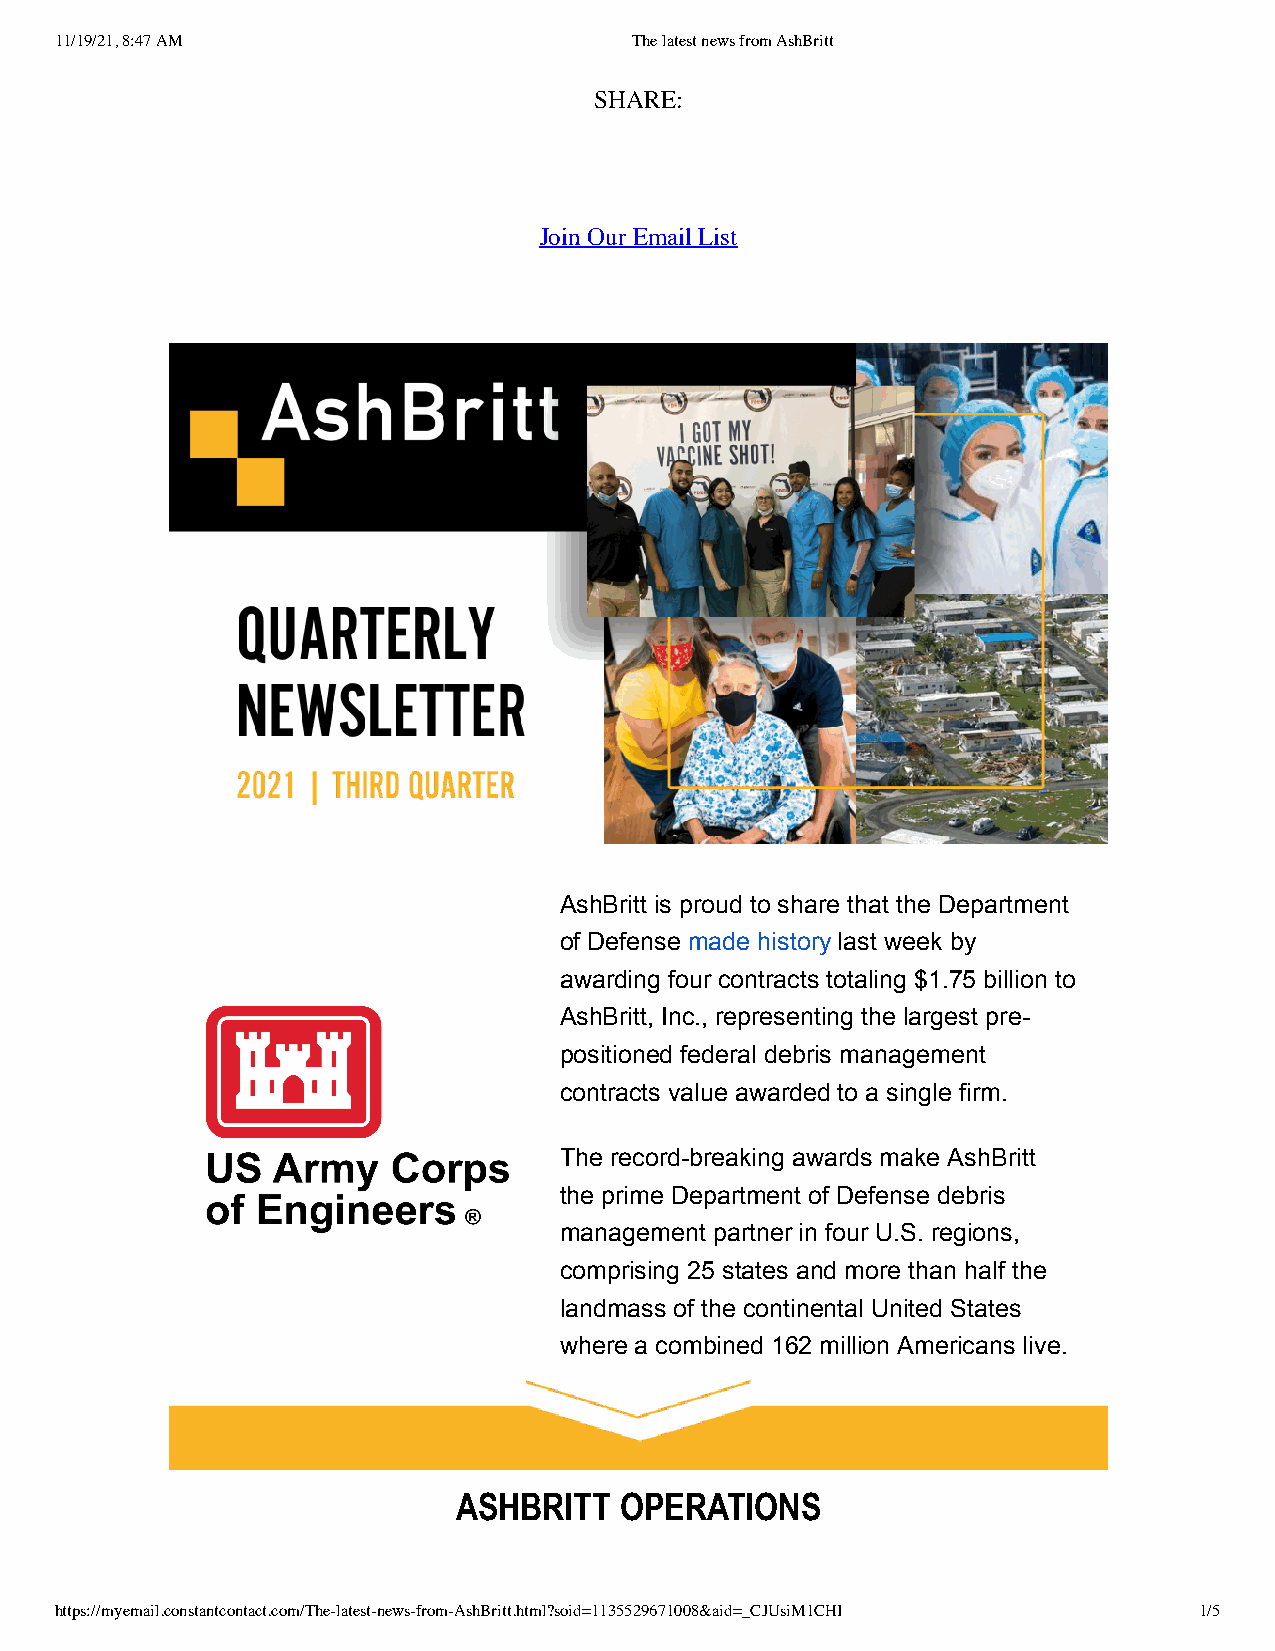
11/19/21, 8:47 AM                     The latest news from AshBritt
 SHARE:
 Join Our Email List
 AshBritt is proud to share that the Department
 of Defense made history last week by
 awarding four contracts totaling $1.75 billion to
 AshBritt, Inc., representing the largest pre-
 positioned federal debris management
 contracts value awarded to a single firm.
 The record-breaking awards make AshBritt
 the prime Department of Defense debris
 management partner in four U.S. regions,
 comprising 25 states and more than half the
 landmass of the continental United States
 where a combined 162 million Americans live.
 ASHBRITT   OPERATIONS
 https://myemail.constantcontact.com/The-latest-news-from-AshBritt.html?soid=1135529671008&aid=_CJUsiM1CHI 1/5